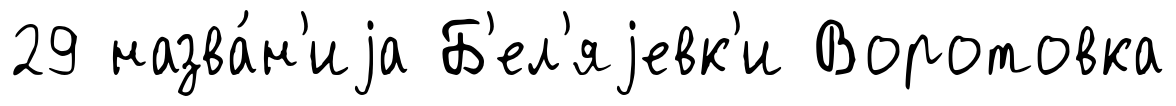
29 назва́н'иjа Б'ел'яjевк'и Воротовка